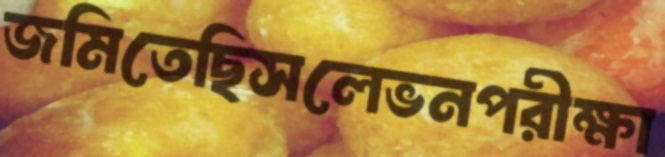
জমিতেছিসলেভনপরীক্ষা